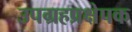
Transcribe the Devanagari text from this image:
उपग्रहप्रक्षेपक